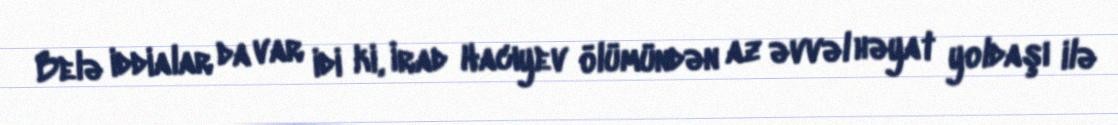
Belə iddialar da var idi ki, İrad Hacıyev ölümündən az əvvəl həyat yoldaşı ilə